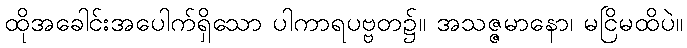
ထိုအခေါင်းအပေါက်ရှိသော ပါကာရပဗ္ဗတ၌။ အသဇ္ဇမာနော၊ မငြိမထိပဲ။